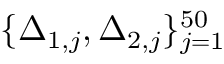
\{ \Delta _ { 1 , j } , \Delta _ { 2 , j } \} _ { j = 1 } ^ { 5 0 }